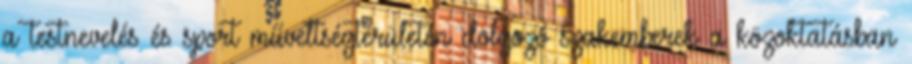
a testnevelés és sport műveltségterületén dolgozó szakemberek a közoktatásban